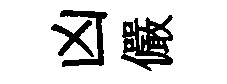
凶儼